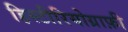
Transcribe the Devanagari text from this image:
हिस्टीरियोग्राफ़ी